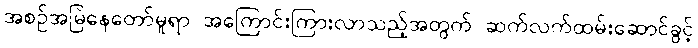
အစဉ်အမြဲနေတော်မူရာ အကြောင်းကြားလာသည့်အတွက် ဆက်လက်ထမ်းဆောင်ခွင့်